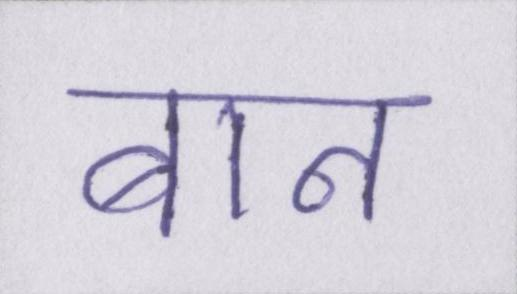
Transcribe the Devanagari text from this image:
बान